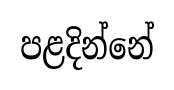
පළදින්නේ